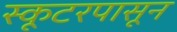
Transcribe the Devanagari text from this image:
स्कूटरपासून